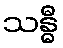
သန္ဓီ